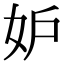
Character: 妒